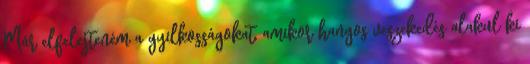
Már elfelejteném a gyilkosságokat, amikor hangos veszekedés alakul ki